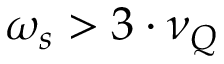
\omega _ { s } > 3 \cdot \nu _ { Q }